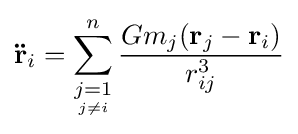
\mathbf {\ddot {r}} _{i}=\sum _{\underset {j\neq i}{j=1}}^{n}{Gm_{j}(\mathbf {r} _{j}-\mathbf {r} _{i}) \over r_{ij}^{3}}